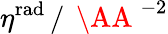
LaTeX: \eta^{\mathrm{rad}}\, /\, \mathrm{~\AA~}^{-2}